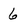
Character: 6